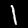
Label: 1